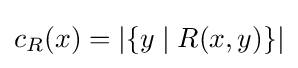
c_{R}(x)=\vert \{y\mid R(x,y)\}\vert